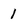
Character: 1